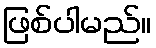
ဖြစ်ပါမည်။